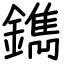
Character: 鐫